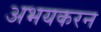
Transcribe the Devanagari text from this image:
अभयकरन